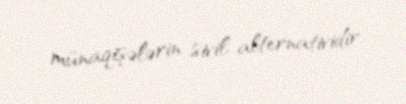
münaqişələrin sivil alternatividir.